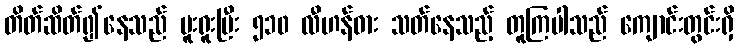
တိတ်ဆိတ်၍နေသည် မူးရူးပြီး ၅၁၀ လီဟန်ဓား သတ်နေသည့် တူကြပါသည် ကျောင်းတွင်းရှိ